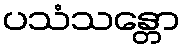
ပသံသန္တော